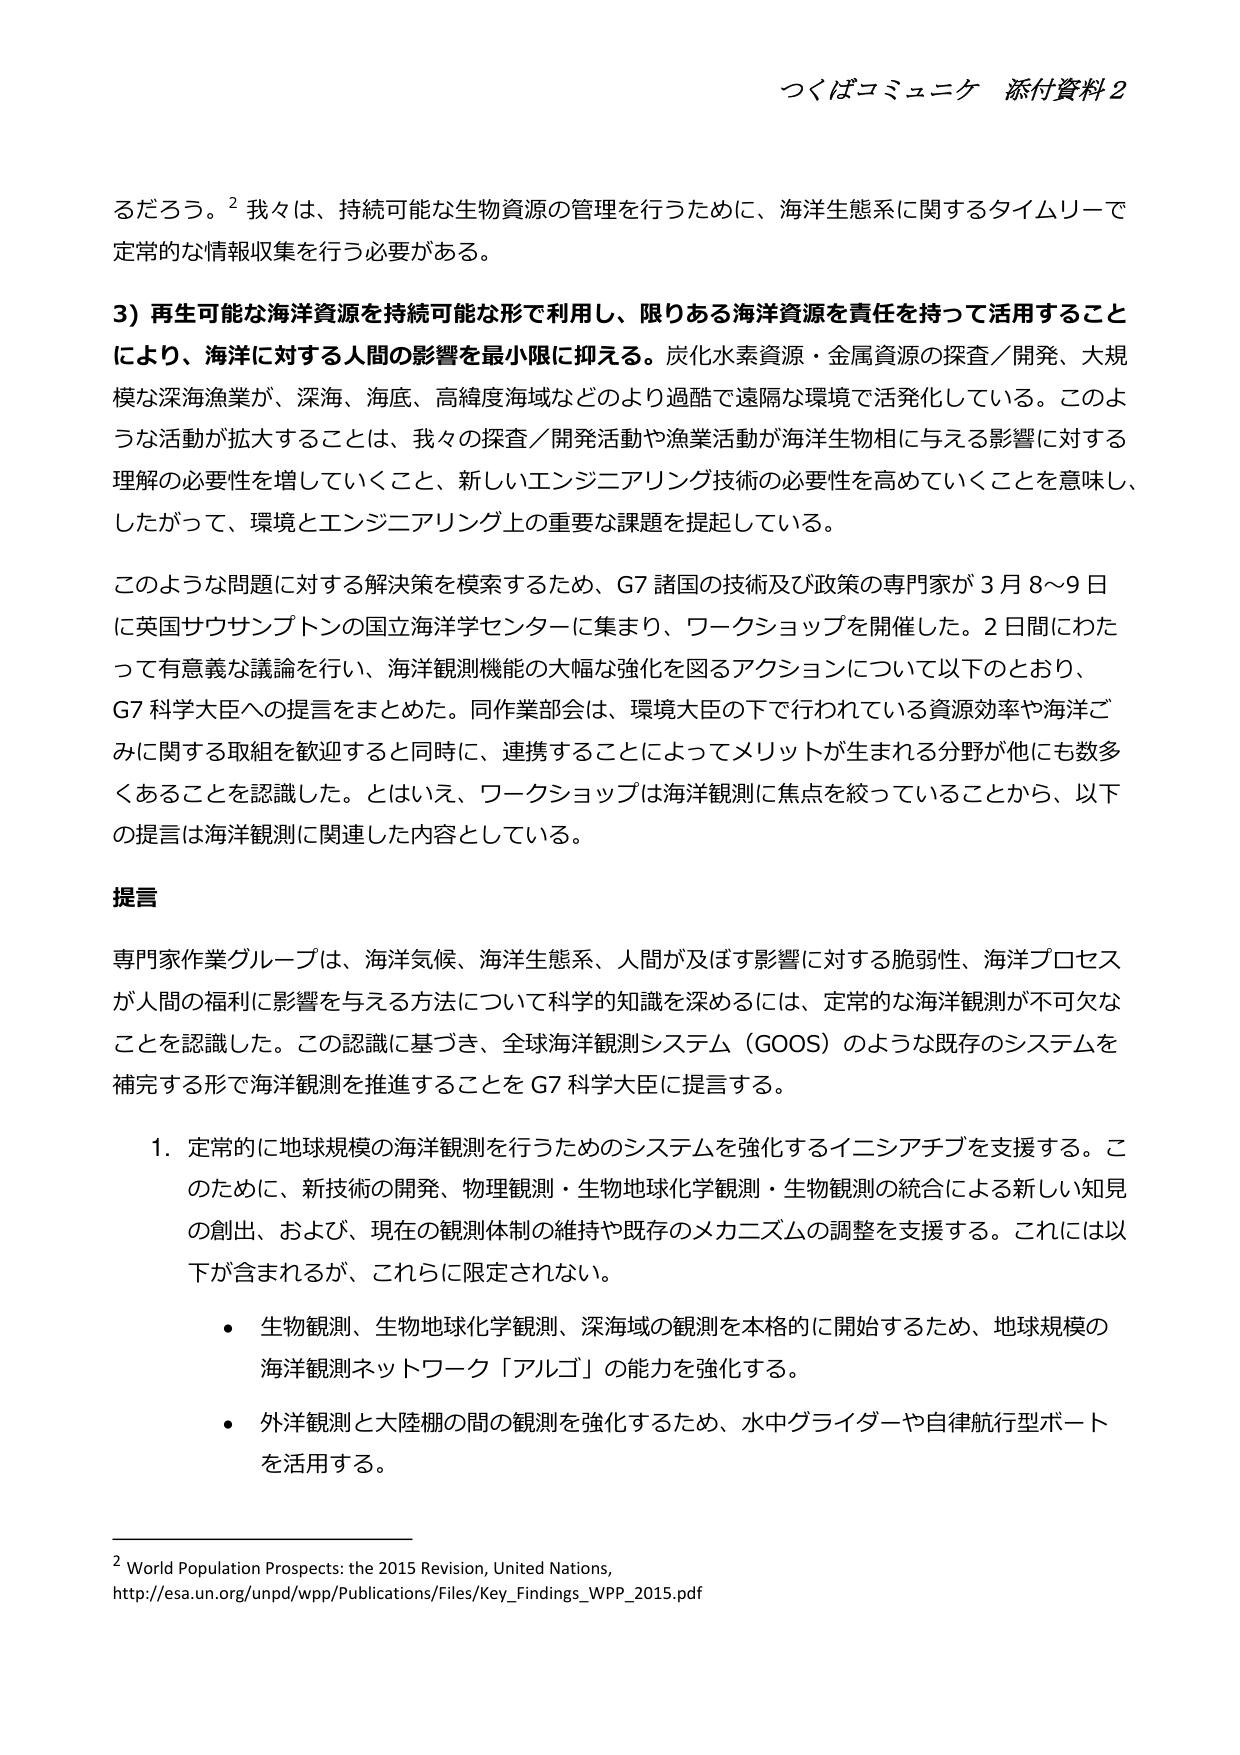
つくばコミュニケ 添付資料2

るだろう。² 我々は、持続可能な生物資源の管理を行うために、海洋生態系に関するタイムリーで定常的な情報収集を行う必要がある。

3) 再生可能な海洋資源を持続可能な形で利用し、限りある海洋資源を責任を持って活用することにより、海洋に対する人間の影響を最小限に抑える。炭化水素資源・金属資源の探査／開発、大規模な深海漁業が、深海、海底、高緯度海域などのより過酷で遠隔な環境で活発化している。このような活動が拡大することは、我々の探査／開発活動や漁業活動が海洋生物相に与える影響に対する理解の必要性を増していくこと、新しいエンジニアリング技術の必要性を高めていくことを意味し、したがって、環境とエンジニアリング上の重要な課題を提起している。

このような問題に対する解決策を模索するため、G7 諸国の技術及び政策の専門家が 3 月 8～9 日に英国サウサンプトンの国立海洋学センターに集まり、ワークショップを開催した。2 日間にわたって有意義な議論を行い、海洋観測機能の大幅な強化を図るアクションについて以下のとおり、G7 科学大臣への提言をまとめた。同作業部会は、環境大臣の下で行われている資源効率や海洋ごみに関する取組を歓迎すると同時に、連携することによってメリットが生まれる分野が他にも多数あることを認識した。とはいえ、ワークショップは海洋観測に焦点を絞っていることから、以下の提言は海洋観測に関連した内容としている。

提言

専門家作業グループは、海洋気候、海洋生態系、人間が及ぼす影響に対する脆弱性、海洋プロセスが人間の福利に影響を与える方法について科学的知識を深めるには、定常的な海洋観測が不可欠なことを認識した。この認識に基づき、全球海洋観測システム（GOOS）のような既存のシステムを補完する形で海洋観測を推進することを G7 科学大臣に提言する。

1. 定常的に地球規模の海洋観測を行うためのシステムを強化するイニシアチブを支援する。このために、新技術の開発、物理観測・生物地球化学観測・生物観測の統合による新しい知見の創出、および、現在の観測体制の維持や既存のメカニズムの調整を支援する。これには以下が含まれるが、これらに限定されない。

・ 生物観測、生物地球化学観測、深海域の観測を本格的に開始するため、地球規模の海洋観測ネットワーク「アルゴ」の能力を強化する。

・ 外洋観測と大陸棚の間の観測を強化するため、水中グライダーや自律航行型ボートを活用する。

² World Population Prospects: the 2015 Revision, United Nations, http://esa.un.org/unpd/wpp/Publications/Files/Key_Findings_WPP_2015.pdf